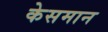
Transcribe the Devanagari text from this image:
केसमान